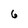
Character: 6